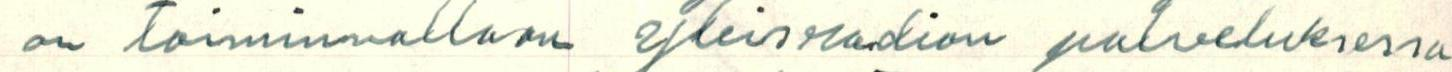
on toiminnallaan Yleisradion palveluksessa